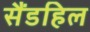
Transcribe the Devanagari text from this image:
सैंडहिल